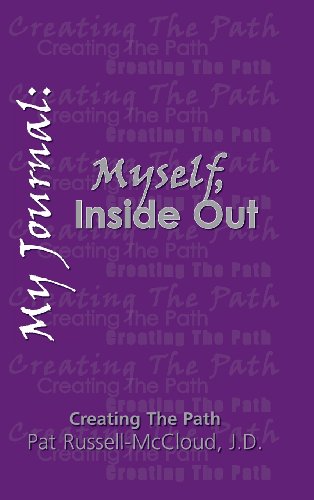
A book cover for My Journal: Myself, Inside Out; J. D. Patricia Russell-McCloud; Literature & Fiction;